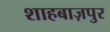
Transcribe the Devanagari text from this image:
शाहबाज़पुर